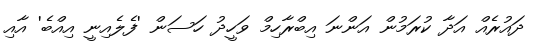
ދައުރެއް އަދާ ކުރަމުން އަންނަ އިބްރާހިމް ވަހީދު ހަސަން 'ފެލެއިނީ އިއްބެ' އާއި